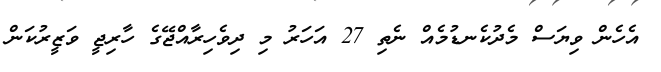
އެހެން ވިޔަސް މެދުކެނޑުމެއް ނެތި 27 އަހަރު މި ދިވެހިރާއްޖޭގެ ހާރިޖީ ވަޒީރުކަން